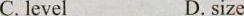
C.level D. size